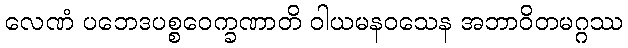
လေဏံ ပဘေဒပစ္စဝေက္ခဏာတိ ဝါယမနဝသေန အဘာဝိတမဂ္ဂဿ